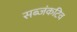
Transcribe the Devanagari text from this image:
सब्जंकटिव